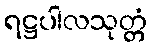
ရဋ္ဌပါလသုတ္တံ